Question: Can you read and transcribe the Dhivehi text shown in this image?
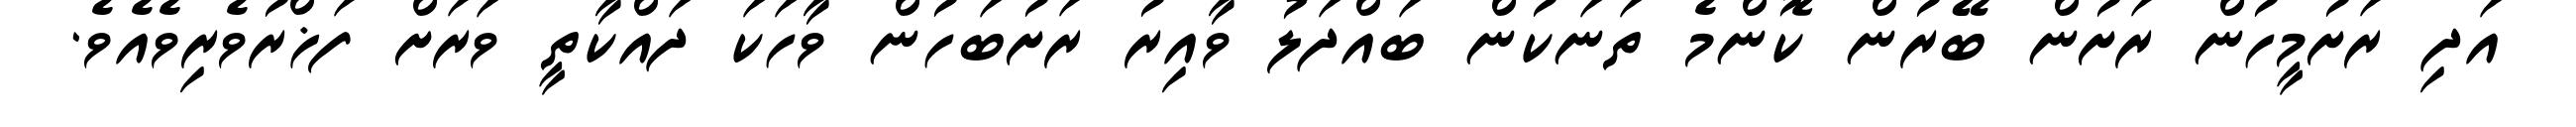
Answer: އަދި ރަށުމީހުން ރަށުން ބޭރުން ކޮންމެ ތަނަކުން ބައްދަލު ވާއިރު ރަށުބަހުން ވާހަކަ ދައްކާތީ ވަރަށް ފަޚްރުވެރިވެއެވެ.